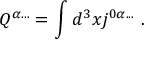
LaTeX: Q ^ { \alpha . . . } = \int d ^ { 3 } x j ^ { 0 \alpha . . . } \ .